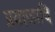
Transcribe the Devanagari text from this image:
प्रयाजादि